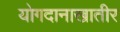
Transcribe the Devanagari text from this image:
योगदानाखातीर